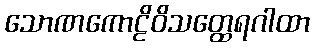
သောဏကောဠိဝိသတ္ထေရဂါထာ